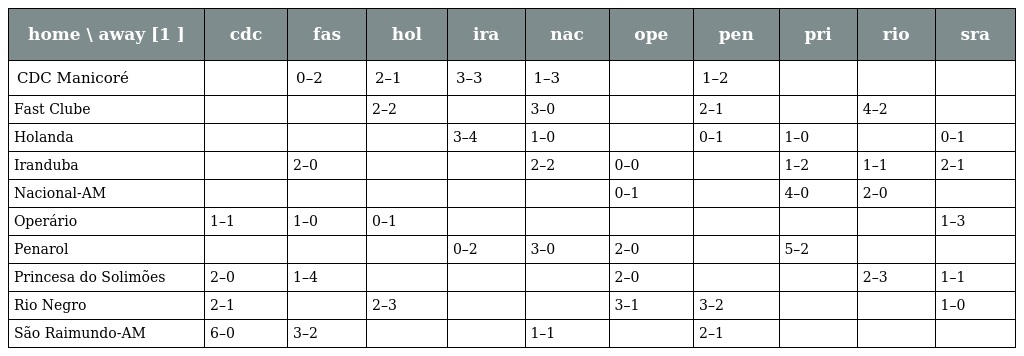
| home \ away [1 ] | cdc | fas | hol | ira | nac | ope | pen | pri | rio | sra |
 | --- | --- | --- | --- | --- | --- | --- | --- | --- | --- | --- |
 | CDC Manicoré |  | 0–2 | 2–1 | 3–3 | 1–3 |  | 1–2 |  |  |  |
 | Fast Clube |  |  | 2–2 |  | 3–0 |  | 2–1 |  | 4–2 |  |
 | Holanda |  |  |  | 3–4 | 1–0 |  | 0–1 | 1–0 |  | 0–1 |
 | Iranduba |  | 2–0 |  |  | 2–2 | 0–0 |  | 1–2 | 1–1 | 2–1 |
 | Nacional-AM |  |  |  |  |  | 0–1 |  | 4–0 | 2–0 |  |
 | Operário | 1–1 | 1–0 | 0–1 |  |  |  |  |  |  | 1–3 |
 | Penarol |  |  |  | 0–2 | 3–0 | 2–0 |  | 5–2 |  |  |
 | Princesa do Solimões | 2–0 | 1–4 |  |  |  | 2–0 |  |  | 2–3 | 1–1 |
 | Rio Negro | 2–1 |  | 2–3 |  |  | 3–1 | 3–2 |  |  | 1–0 |
 | São Raimundo-AM | 6–0 | 3–2 |  |  | 1–1 |  | 2–1 |  |  |  |